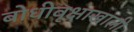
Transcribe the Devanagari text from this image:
बोधीवृक्षाखाली